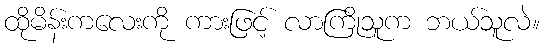
ထိုမိန်းကလေးကို ကားဖြင့် လာကြိုသူက ဘယ်သူလဲ။